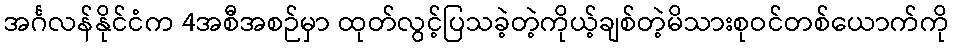
အင်္ဂလန်နိုင်ငံက 4အစီအစဉ်မှာ ထုတ်လွင့်ပြသခဲ့တဲ့ကိုယ့်ချစ်တဲ့မိသားစုဝင်တစ်ယောက်ကို